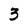
Character: 3